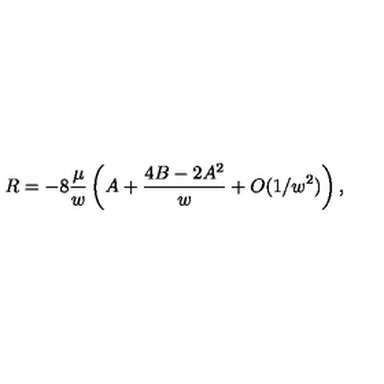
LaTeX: R = - 8 \frac { \mu } { w } \left( A + \frac { 4 B - 2 A ^ { 2 } } { w } + O ( 1 / w ^ { 2 } ) \right) ,